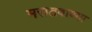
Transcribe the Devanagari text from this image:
मराठवाण्या